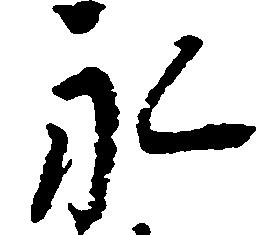
永